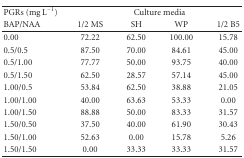
<table><thead><tr><td><b>PGRs (mg L<sup>−1</sup>)</b></td><td colspan="4"><b>Culture media</b></td></tr><tr><td><b>BAP/NAA</b></td><td><b>1/2 MS </b></td><td><b>SH</b></td><td><b>WP</b></td><td><b> 1/2 B5 </b></td></tr></thead><tbody><tr><td>0.00</td><td>72.22</td><td>62.50</td><td>100.00</td><td>15.78</td></tr><tr><td>0.5/0.5</td><td>87.50</td><td>70.00</td><td>84.61</td><td>45.00</td></tr><tr><td>0.5/1.00</td><td>77.77</td><td>50.00</td><td>93.75</td><td>40.00</td></tr><tr><td>0.5/1.50</td><td>62.50</td><td>28.57</td><td>57.14</td><td>45.00</td></tr><tr><td>1.00/0.5</td><td>53.84</td><td>62.50</td><td>38.88</td><td>21.05</td></tr><tr><td>1.00/1.00</td><td>40.00</td><td>63.63</td><td>53.33</td><td>0.00</td></tr><tr><td>1.00/1.50</td><td>88.88</td><td>50.00</td><td>83.33</td><td>31.57</td></tr><tr><td>1.50/0.50</td><td>37.50</td><td>40.00</td><td>61.90</td><td>30.43</td></tr><tr><td>1.50/1.00</td><td>52.63</td><td>0.00</td><td>15.78</td><td>5.26</td></tr><tr><td>1.50/1.50</td><td>0.00</td><td>33.33</td><td>33.33</td><td>31.57</td></tr></tbody></table>